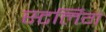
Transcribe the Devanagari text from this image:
स्टर्लिंग